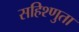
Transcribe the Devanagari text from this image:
सहिश्णुता